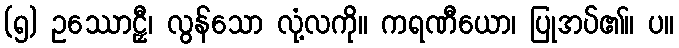
(၅) ဥဿောဠှီ၊ လွန်သော လုံ့လကို။ ကရဏီယော၊ ပြုအပ်၏။ ပ။